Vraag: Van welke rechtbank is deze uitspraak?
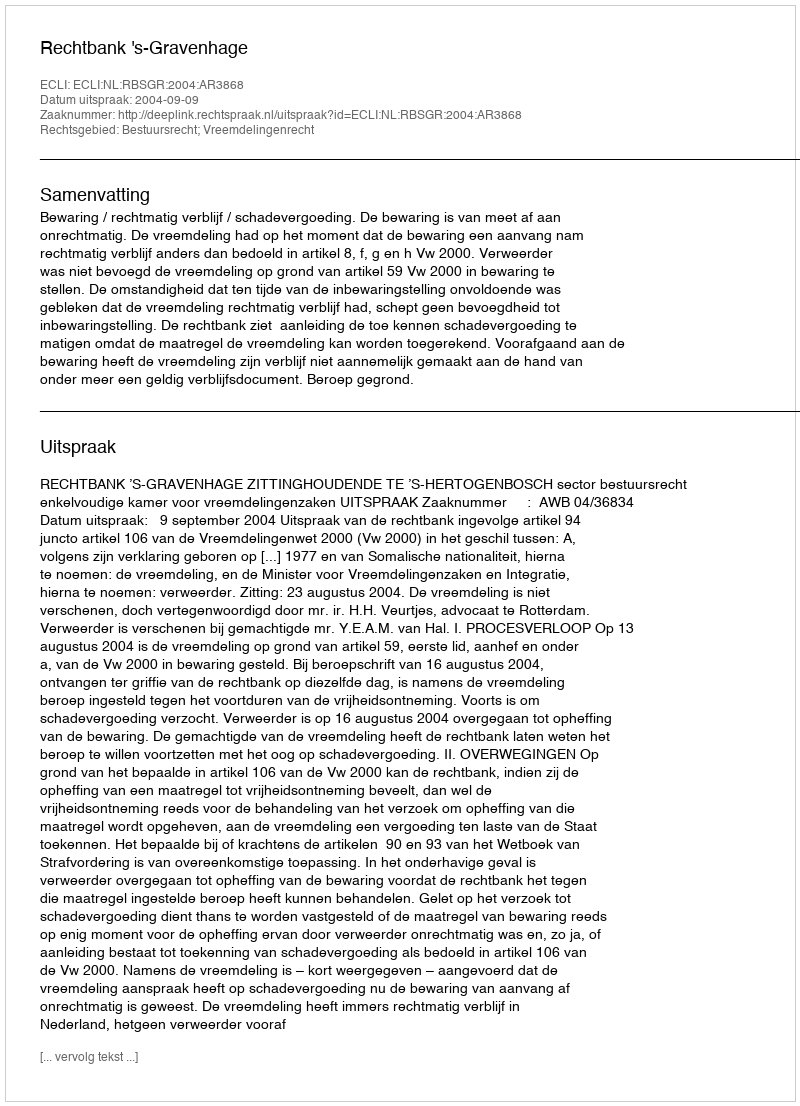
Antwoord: Rechtbank 's-Gravenhage